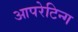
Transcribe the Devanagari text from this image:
आपरेटिन्ग